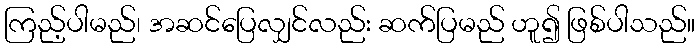
ကြည့်ပါမည်၊ အဆင်ပြေလျှင်လည်း ဆက်ပြမည် ဟူ၍ ဖြစ်ပါသည်။